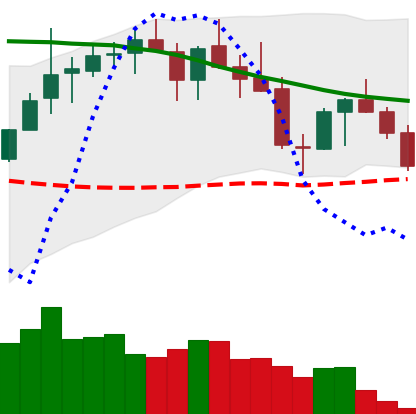
Ticker: LINK-USD
Chart end date: 2018-05-17
Forward return: -15.176%
Label: down_7plus